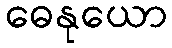
ဓေနုယော